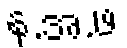
န.အ.ဖ